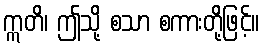
ဣတိ၊ ဤသို့ စသာ စကားတို့ဖြင့်။